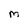
Character: m